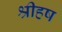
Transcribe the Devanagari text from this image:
श्रीहष